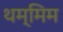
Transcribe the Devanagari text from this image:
थम्मिम